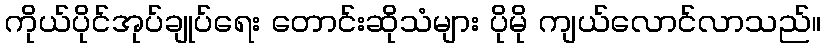
ကိုယ်ပိုင်အုပ်ချုပ်ရေး တောင်းဆိုသံများ ပိုမို ကျယ်လောင်လာသည်။